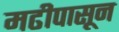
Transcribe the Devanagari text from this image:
मढीपासून